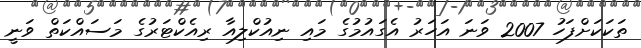
ތަކަކަށްފަހު 2007 ވަނަ އަހަރު އެގައުމުގެ މައި ނިއުކްލިއާ ރިއެކްޓަރުގެ މަސައްކަތް ވަނީ